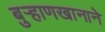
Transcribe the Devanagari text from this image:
बुर्‍हाणखानाने